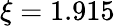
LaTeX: \xi=1.915